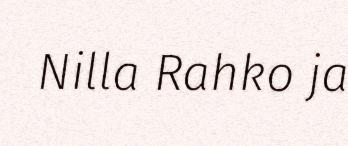
Nilla Rahko ja